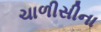
ચાળીસીના